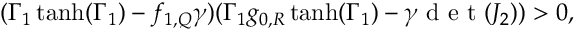
( \Gamma _ { 1 } \operatorname { t a n h } ( \Gamma _ { 1 } ) - f _ { 1 , Q } \gamma ) ( \Gamma _ { 1 } g _ { 0 , R } \operatorname { t a n h } ( \Gamma _ { 1 } ) - \gamma \mathrm { ~ d ~ e ~ t ~ } ( J _ { 2 } ) ) > 0 ,